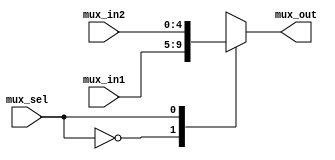
module mux2way_5bit(mux_out, mux_in1, mux_in2, mux_sel);

input [4:0] mux_in1, mux_in2;
output reg [4:0] mux_out;
input mux_sel;

always@(mux_in1 or mux_in2 or mux_sel)
begin
	case(mux_sel)
	1'b0: mux_out = mux_in1;	
	1'b1: mux_out = mux_in2;
	endcase 
end

endmodule